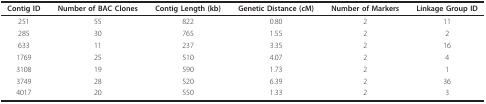
<table><thead><tr><td><b>Contig ID</b></td><td><b>Number of BAC Clones</b></td><td><b>Contig Length (kb)</b></td><td><b>Genetic Distance (cM)</b></td><td><b>Number of Markers</b></td><td><b>Linkage Group ID</b></td></tr></thead><tbody><tr><td>251</td><td>55</td><td>822</td><td>0.80</td><td>2</td><td>11</td></tr><tr><td>285</td><td>30</td><td>765</td><td>1.55</td><td>2</td><td>2</td></tr><tr><td>633</td><td>11</td><td>237</td><td>3.35</td><td>2</td><td>16</td></tr><tr><td>1769</td><td>25</td><td>510</td><td>4.07</td><td>2</td><td>4</td></tr><tr><td>3108</td><td>19</td><td>590</td><td>1.73</td><td>2</td><td>1</td></tr><tr><td>3749</td><td>28</td><td>520</td><td>6.39</td><td>2</td><td>36</td></tr><tr><td>4017</td><td>20</td><td>550</td><td>1.33</td><td>2</td><td>3</td></tr></tbody></table>